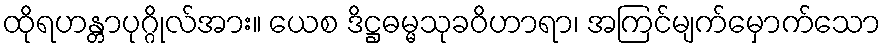
ထိုရဟန္တာပုဂ္ဂိုလ်အား။ ယေစ ဒိဋ္ဌဓမ္မသုခဝိဟာရာ၊ အကြင်မျက်မှောက်သော